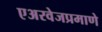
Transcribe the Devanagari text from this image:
एअरवेजप्रमाणे